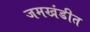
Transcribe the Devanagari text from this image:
जमखंडीत